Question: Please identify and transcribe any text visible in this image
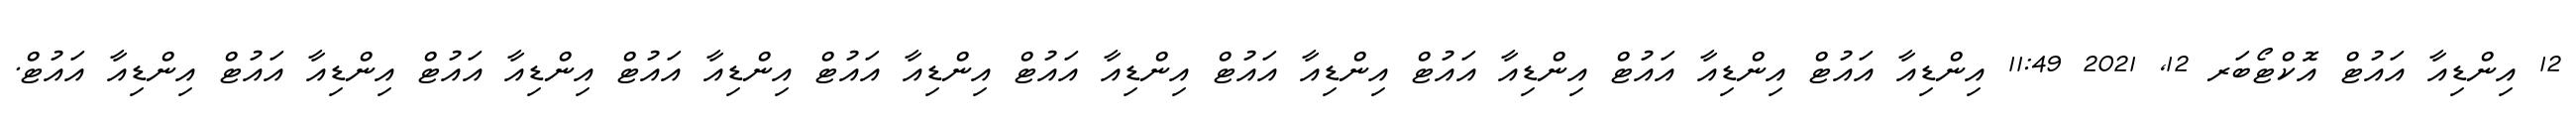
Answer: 12 އިންޑިއާ އައުޓް އޮކްޓޯބަރ 12, 2021 11:49 އިންޑިއާ އައުޓް އިންޑިއާ އައުޓް އިންޑިއާ އައުޓް އިންޑިއާ އައުޓް އިންޑިއާ އައުޓް އިންޑިއާ އައުޓް އިންޑިއާ އައުޓް އިންޑިއާ އައުޓް އިންޑިއާ އައުޓް އިންޑިއާ އައުޓް.